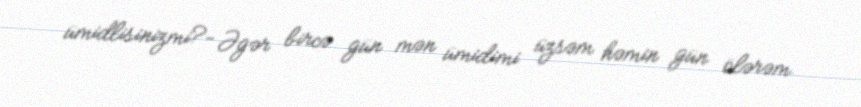
ümidlisinizmi?- Əgər bircə gün mən ümidimi üzsəm həmin gün ölərəm.